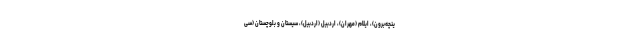
ینچه‌برون)، ایلام (مهران)، اردبیل (اردبیل)، سیستان و بلوچستان (سی